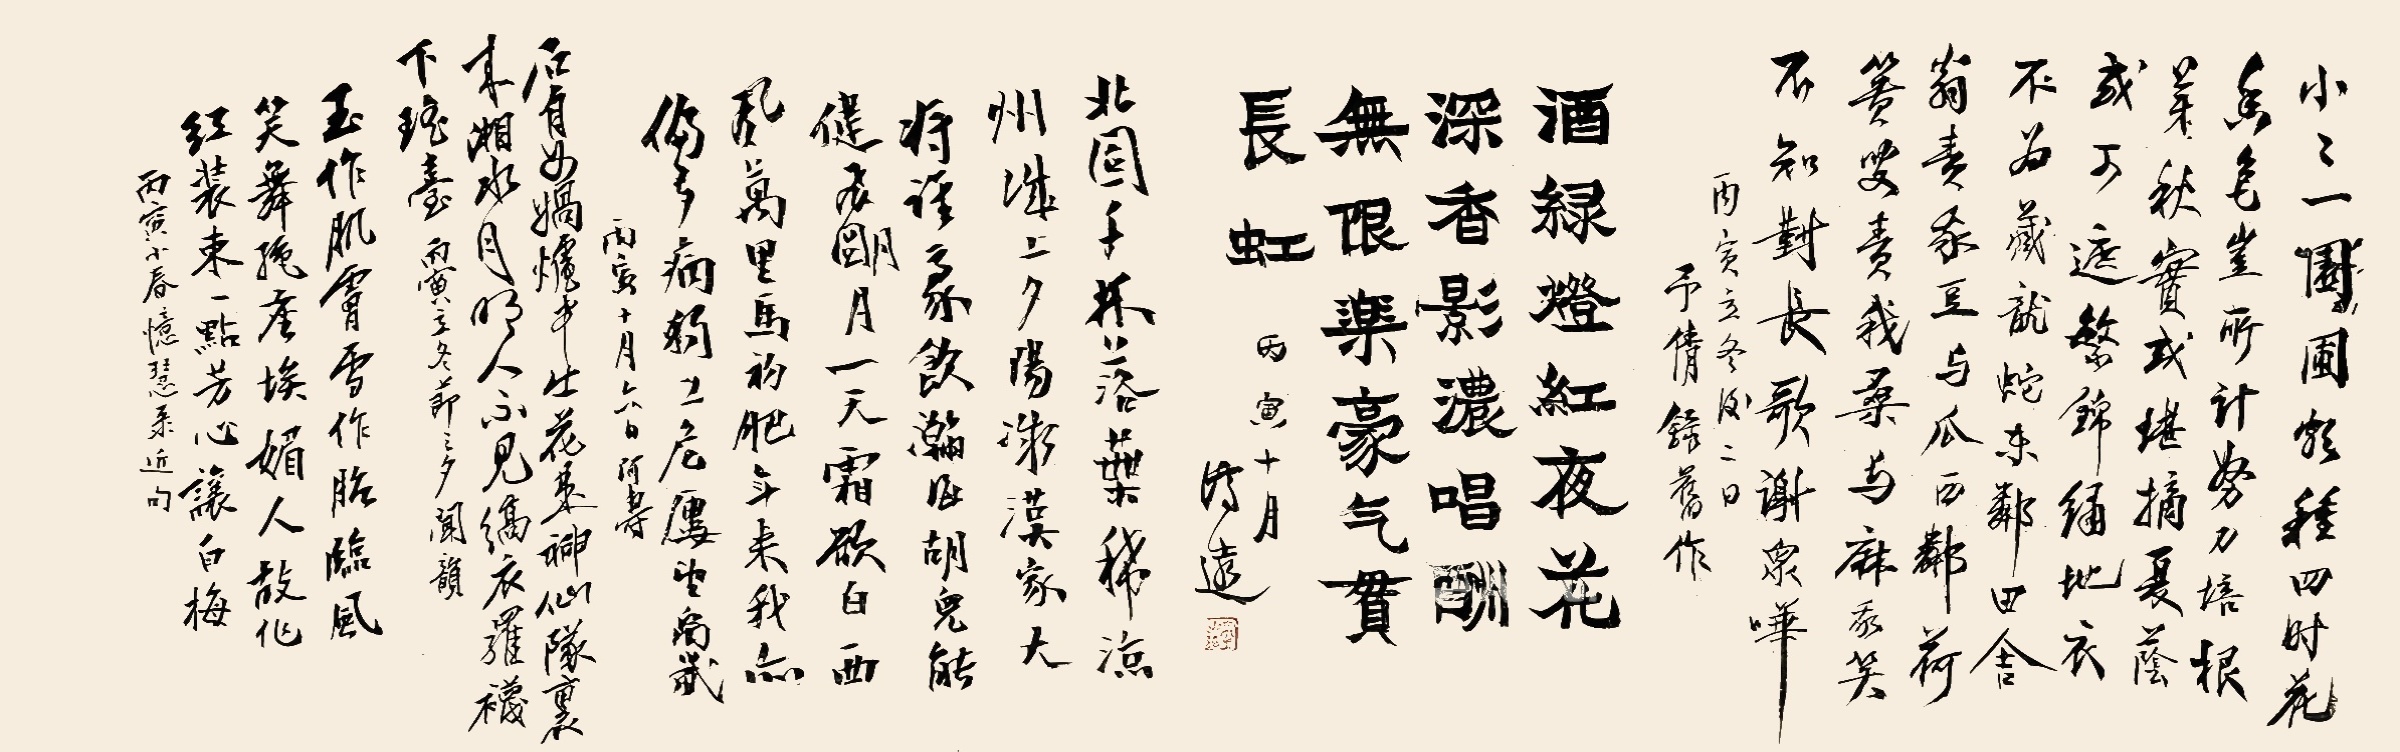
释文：1.小小一园圃，颇种四时花。香色岂所计，努力培根芽。秋实或堪摘，夏荫或可遮。繁锦绣地衣，不为藏龙蛇。东邻田舍翁，责我豆与瓜。西邻荷篑叟，责我桑与麻。我笑不知对，长歌谢众哗。丙寅立冬后二日，予倩录旧作。2.酒绿灯红夜，花深香影浓。唱酬无限乐，豪气贯长虹。丙寅十月济远。3.北固千林落叶稀，凉州城上夕阳凝，汉家大将谁豪饮，瀚海胡儿能健飞，明月一天霜欲白，西风万里马初肥，年来我亦偏多病，独上危楼望禹畿，丙寅十月六日，阿寿。4.石有女娲炉中出，花是神仙队里来，湘水月明人不见，缟衣罗袜下瑶台，丙寅立冬节之夕，闻韵。5.玉作肌肤雪作胎，临风笑舞绝尘埃。媚人故作红妆束，一点芳心让白梅，丙寅小春，忆慧录近作。丙寅立冬后二日，予倩录旧作。丙寅十月济远。丙寅十月六日，阿寿。丙寅立冬节之夕，闻韵。丙寅小春，忆慧录近作。